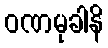
ဝဏမုခါနိ